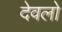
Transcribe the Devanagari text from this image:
देवलो